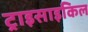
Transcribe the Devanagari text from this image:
ट्राइसाइकिल